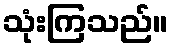
သုံးကြသည်။